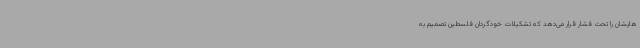
هایشان را تحت فشار قرار می‌دهد که تشکیلات خودگردان فلسطین تصمیم به